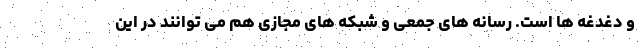
و دغدغه ها است. رسانه های جمعی و شبکه های مجازی هم می توانند در این